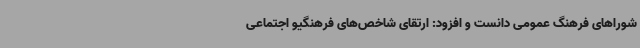
شوراهای فرهنگ عمومی دانست و افزود: ارتقای شاخص‌های فرهنگیو اجتماعی